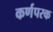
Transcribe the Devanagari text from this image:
कर्णपरक